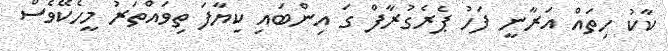
ކާކު ހިތައް އަރާނީ ފަހު ޕެރެގުރާފް ގަ އިންބައި ކިޔާފަ ތިވައްތަރު މީހެކޭވެސް